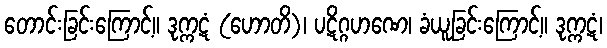
တောင်းခြင်းကြောင့်။ ဒုက္ကဋံ (ဟောတိ)၊ ပဋိဂ္ဂဟဏေ၊ ခံယူခြင်းကြောင့်။ ဒုက္ကဋံ၊